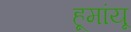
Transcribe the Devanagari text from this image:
हूमांयू